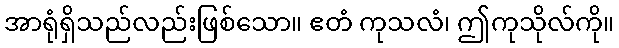
အာရုံရှိသည်လည်းဖြစ်သော။ ဧတံ ကုသလံ၊ ဤကုသိုလ်ကို။